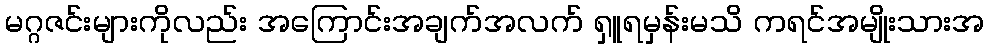
မဂ္ဂဇင်းများကိုလည်း အကြောင်းအချက်အလက် ရှူရမှန်းမသိ ကရင်အမျိုးသားအ